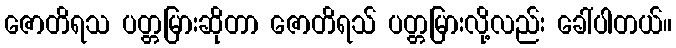
ဇောတိရသ ပတ္တမြားဆိုတာ ဇောတိရသ် ပတ္တမြားလို့လည်း ခေါ်ပါတယ်။